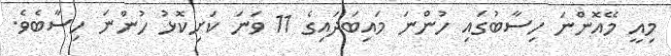
މިއީ މޭއޮންނަ ހިސާބުގައި ހުންނަ މައިބަދައިގެ 11 ވަނަ ކަށިކޮޅު ހުންނަ ހިސާބެވެ.